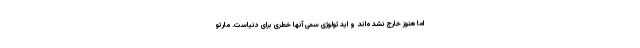
اما هنوز خارج نشده‌اند و ایدئولوژی سمی آنها خطری برای دنیاست. مارتو